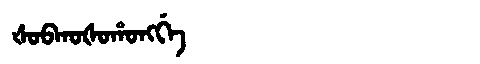
Manchu: ᡧᠣᠪᡴᠣᡧᠣᡥᠣᠩᡤᡝ
Romanization: ŠOBKOŠOHONGGE